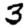
Digit: 3